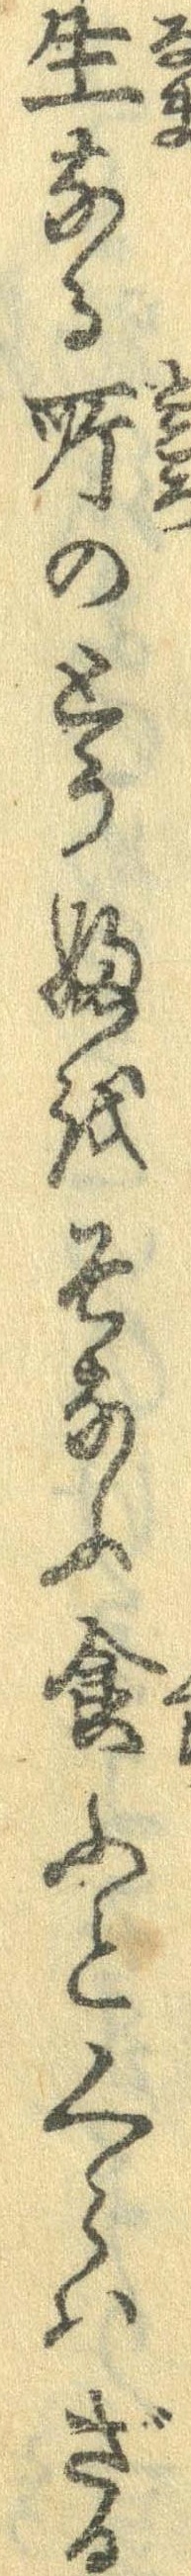
生なる所のとうふをそなふ食ふとくらはざる